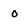
Character: 0